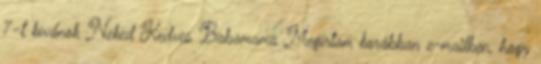
7-t kívánok Neked Kedves Babamama Megírtam korábban e-mailben, hogy